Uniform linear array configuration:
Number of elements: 24
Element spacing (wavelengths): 0.25
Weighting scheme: exponential
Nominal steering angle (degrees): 60
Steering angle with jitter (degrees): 59.241
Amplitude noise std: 0.05
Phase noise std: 0.05

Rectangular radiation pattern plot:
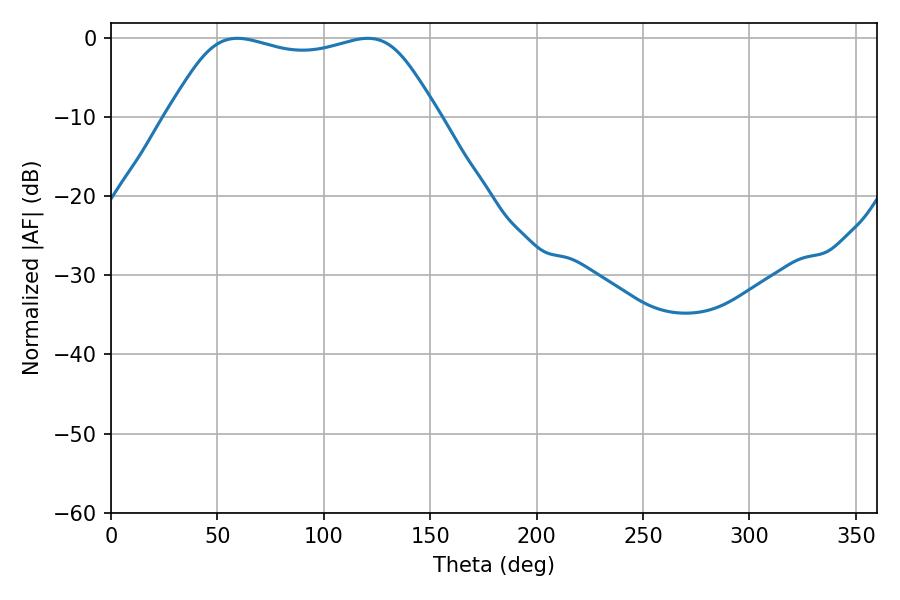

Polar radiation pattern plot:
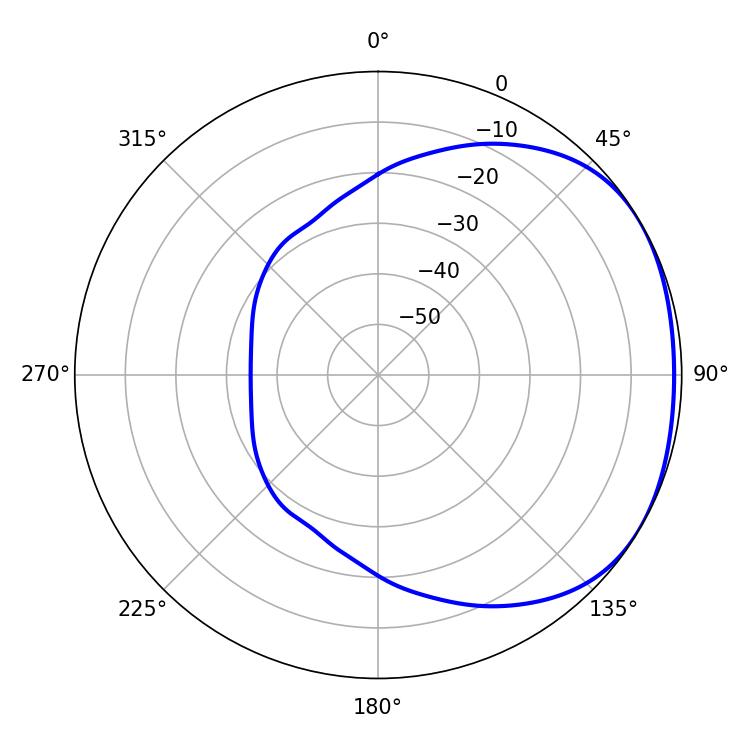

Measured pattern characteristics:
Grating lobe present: FALSE
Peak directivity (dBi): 1.714
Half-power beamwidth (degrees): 97.92
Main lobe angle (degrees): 59.4